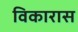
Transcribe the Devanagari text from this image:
विकारास